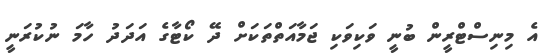
އެ މިނިސްޓްރީން ބުނީ ވަކިވަކި ޖަމާއަތްތަކަށް ދޭ ކޯޓާގެ އަދަދު ހާމަ ނުކުރަނީ